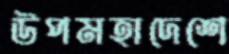
উপমহাদেশে